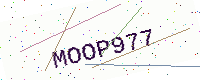
Text: MOOP977